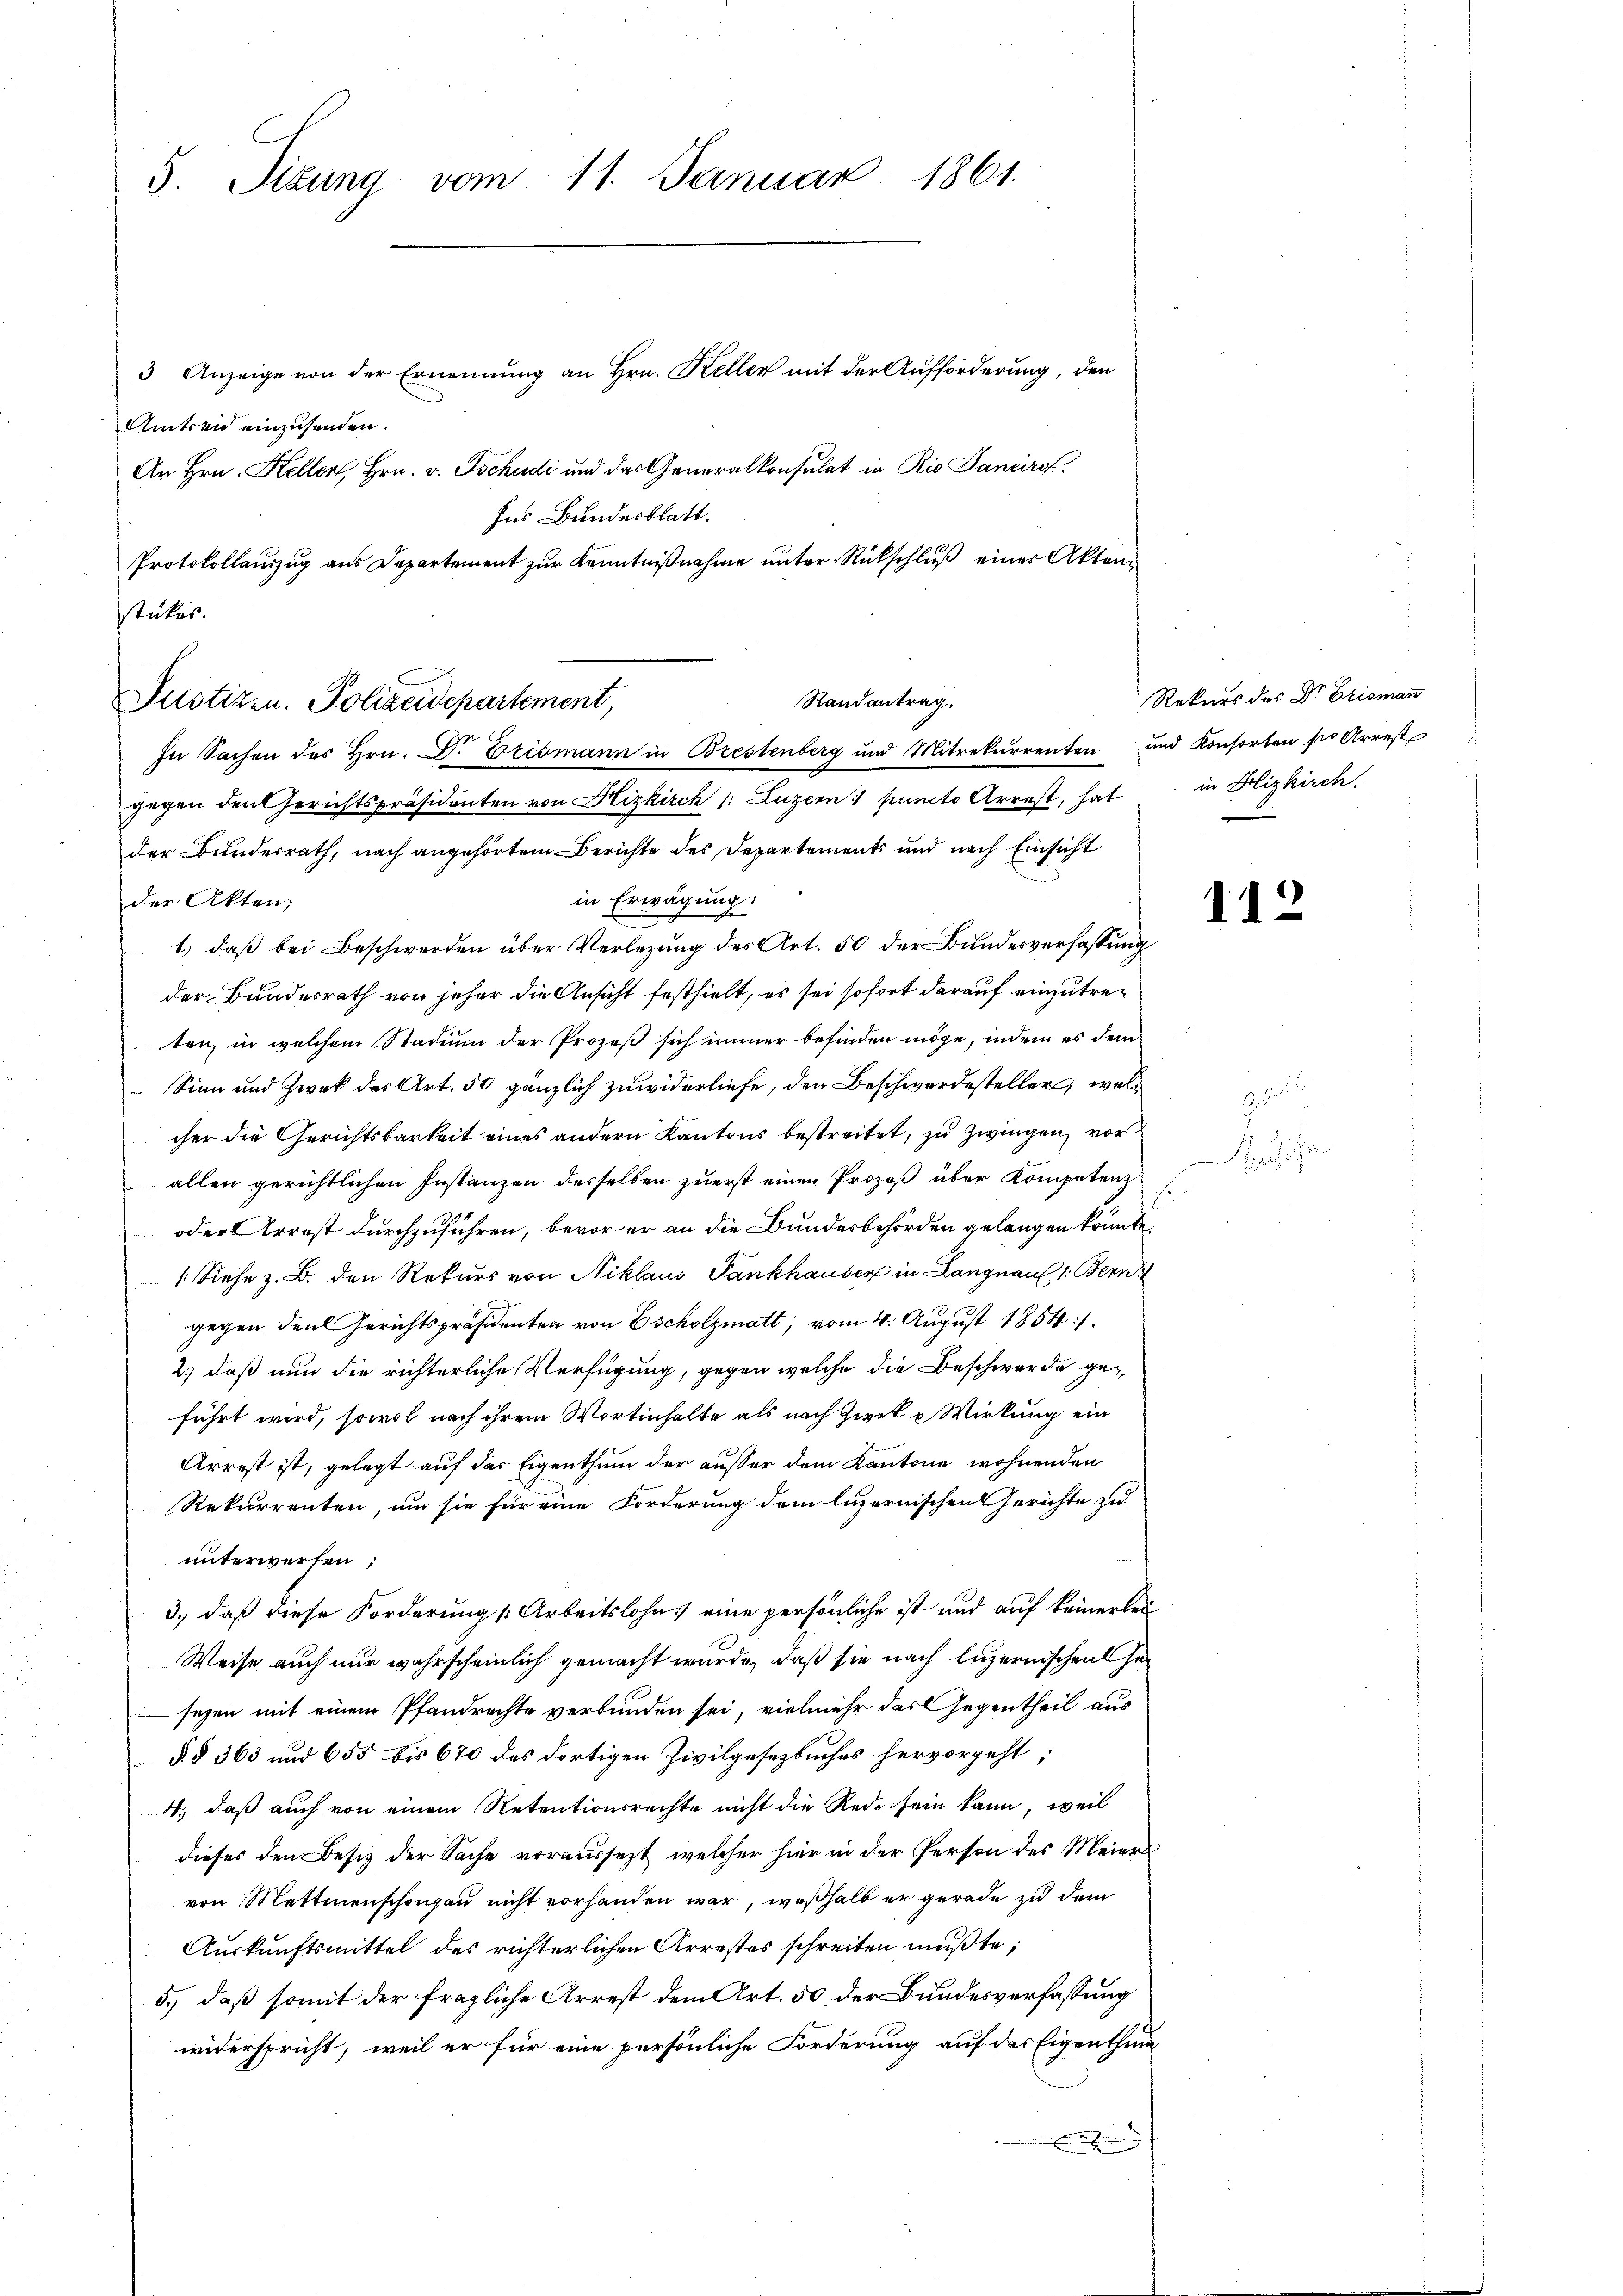
5. Sizung vom 11. Januar 1861.

3 Anzeige von der Ernennung an Hrn. Keller mit der Aufforderung, den
Amtren einzusenden.
An Hrn. Kellen, Hrn. v. Tschudi und das Generalkonsulat in Rio Sanaro
Ins Bundesblatt.
Protokollauszug aus Departement zur Kenntnißnahme unter Rückschluß einer Aktenstücker.

Randantrag.
Justizen. Polizeidepartement,
In Sachen des Hrn. Dr. Erismann in Brestenberg und Mitrekurrenten und Konsorten so Arrest
gegen den Gerichtspräsidenten von Hizkirch 1: Luzern puncto Arrest, hat

der Bundesrath, nach angehörtem Berichte des Departements und nach Einsicht
der Akten;
in Erwägung:
1.) daß bei Beschwerden über Verlegung des Art. 50 der Bundesverfassung
der Bundesrath von jeher die Ansicht festhielt, es sei sofort darauf einzutreten, in welchem Stadium der Prozeß sich immer befinden möge, indem es dem
Sinn und Zwek des Art. 50 gänzlich zuwiderliefe, den Beschwerdesteller, welcher die Gerichtsbarkeit eines andern Kantons bestreitet, zu zwingen, vor
allen gerichtlichen Instanzen desselben zuerst einen Prozeß über Kompetenz
 oder Arrest durchzuführen, bevor er an die Bundesbehörden gelangen könnte.
/: Siehe z. B. den Rekurs von Niklaus Pankhauser in Langnau 1. Bern
gegen der Gerichtspräsidenten von Escholzmatt, vom 4. August 1854/
2.) daß nun die richterliche Verfügung, gegen welche die Beschwerde geführt wird, sowol nach ihrem Wortinhalte als nach Zweck u Wirkung ein
Arrest ist, gelegt auf der Eigenthum der ausser dem Kantone wohnenden
Rekurrenten, um sie für eine Forderung dem luzernischen Gerichte zu
unterwerfen;
3., daß diese Forderung Arbeitslohns eine persönliche ist und auf keinerlei
Weise auch nur wahrscheinlich gemacht wurde, daß sie nach Luzernischen Ge¬
 seyen mit einem Pfandrechte verbunden sei, vielmehr das Gegentheil aus
§ § 363 und 655 bis 670 des dortigen Zivilgesetzbuches hervorgeht,
4., daß auch von einem Retentionsrechte nicht die Rede sein kann, weil
dieses den Besiz der Sache voraussezt, welcher hier in der Person des Meiers
von Mettmenschangau nicht vorhanden war, weßhalb er gerade zu dem
Auskunftsmittel des richterlichen Arrestes schreiten mußte;
5.) daß somit der fragliche Arrest dem Art. 50 der Bundesverfassung
widerspricht, weil er für eine persönliche Forderung auf der Eigenthum
E

Rekurs des Dr. Erismann
in Blizkirch.

112

i